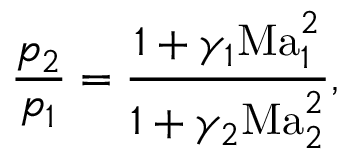
\frac { p _ { 2 } } { p _ { 1 } } = \frac { 1 + \gamma _ { 1 } \mathrm { M a } _ { 1 } ^ { 2 } } { 1 + \gamma _ { 2 } \mathrm { M a } _ { 2 } ^ { 2 } } ,